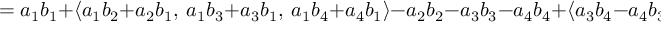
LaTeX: \qquad = a _ { 1 } b _ { 1 } + \langle a _ { 1 } b _ { 2 } + a _ { 2 } b _ { 1 } , \ a _ { 1 } b _ { 3 } + a _ { 3 } b _ { 1 } , \ a _ { 1 } b _ { 4 } + a _ { 4 } b _ { 1 } \rangle - a _ { 2 } b _ { 2 } - a _ { 3 } b _ { 3 } - a _ { 4 } b _ { 4 } + \langle a _ { 3 } b _ { 4 } - a _ { 4 } b _ { 3 } , \ a _ { 4 } b _ { 2 } - a _ { 2 } b _ { 4 } , \ a _ { 2 } b _ { 3 } - a _ { 3 } b _ { 2 } \rangle